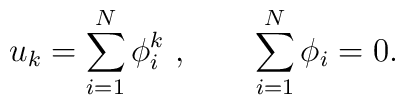
u_k = \sum_{i=1}^N \phi_i^k\ , \qquad \sum_{i=1}^N \phi_i =0.